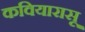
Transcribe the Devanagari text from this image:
कवियारासू